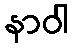
နာဝါ